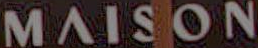
MAISON